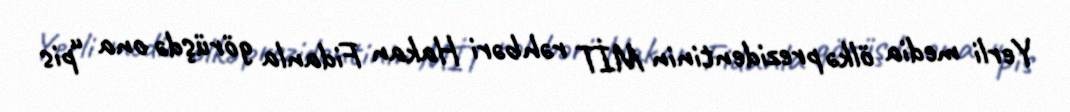
Yerli media ölkə prezidentinin MİT rəhbəri Hakan Fidanla görüşdə ona “pis